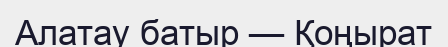
Алатау батыр — Қоңырат